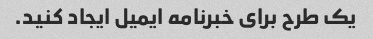
یک طرح برای خبرنامه ایمیل ایجاد کنید.